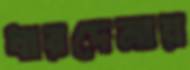
ধারদেনায়